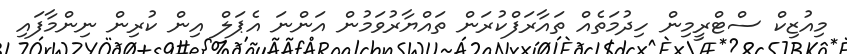
މިއުޒިކް ސްޓްރީމިން ހިދުމަތެއް ތައާރަފްކުރަން ތައްޔާރުވަމުން އަންނަ އެޕަލް އިން ކުރިން ނިންމާފައި